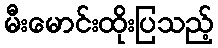
မီးမောင်းထိုးပြသည့်